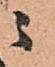
ニ